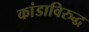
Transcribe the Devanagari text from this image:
कांडाविरुद्ध